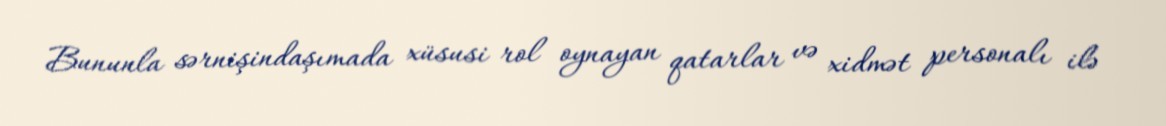
Bununla sərnişindaşımada xüsusi rol oynayan qatarlar və xidmət personalı ilə